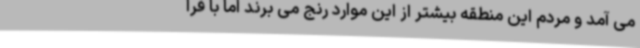
می آمد و مردم این منطقه بیشتر از این موارد رنج می برند اما با فرا